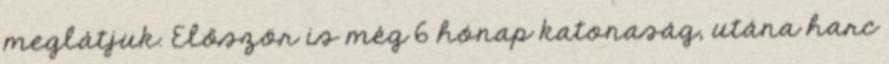
meglátjuk. Először is még 6 hónap katonaság, utána harc